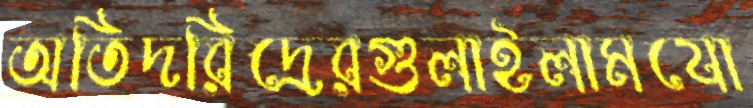
অতিদরিদ্রেরগুলাইলামযো